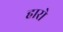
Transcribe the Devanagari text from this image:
हारो